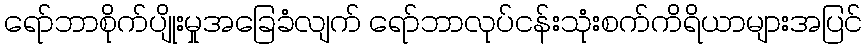
ရော်ဘာစိုက်ပျိုးမှုအခြေခံလျက် ရော်ဘာလုပ်ငန်းသုံးစက်ကိရိယာများအပြင်